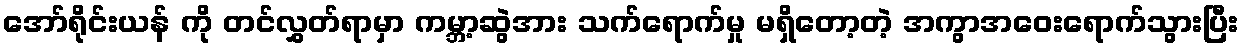
အော်ရိုင်းယန် ကို တင်လွှတ်ရာမှာ ကမ္ဘာ့ဆွဲအား သက်ရောက်မှု မရှိတော့တဲ့ အကွာအဝေးရောက်သွားပြီး